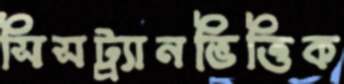
সিসট্র্যানভিত্তিক